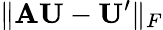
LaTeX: \| \mathbf{AU}-\mathbf{U}^{\prime}\| _{F}